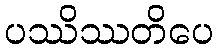
ပဿိဿတိပေ